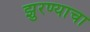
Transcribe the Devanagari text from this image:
झुरण्याचा